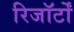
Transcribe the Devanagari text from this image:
रिजॉर्टों